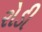
રોડી